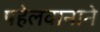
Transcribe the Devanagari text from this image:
पहेलवानाने